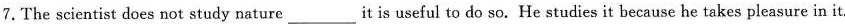
7. The scientist does not study nature_it is useful to do so. He studies it because he takes pleasure in it.